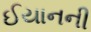
ઈયાનની